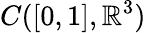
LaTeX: C([0,1],\mathbb{R}^{3})